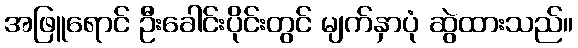
အဖြူရောင် ဦးခေါင်းပိုင်းတွင် မျက်နှာပုံ ဆွဲထားသည်။